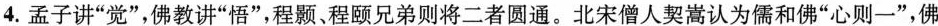
4.孟子讲”觉”，佛教讲”悟”，程颢、程颐兄弟则将二者圆通。北宋僧人契嵩认为儒和佛”心则-”，佛